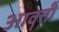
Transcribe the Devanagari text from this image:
आवॄत्ती